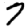
Digit: 7